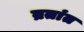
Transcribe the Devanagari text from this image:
व्रतांत